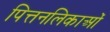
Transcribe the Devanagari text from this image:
पित्तनलिकाओं